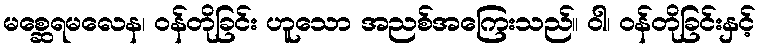
မစ္ဆေရမလေန၊ ဝန်တိုခြင်း ဟူသော အညစ်အကြေးသည်။ ဝါ၊ ဝန်တိုခြင်းနှင့်